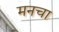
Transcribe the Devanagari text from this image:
मनचा